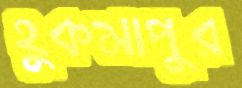
হুকমাপুর